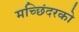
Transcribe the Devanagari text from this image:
मच्छिंदरको